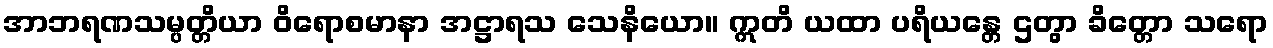
အာဘရဏသမ္ပတ္တိယာ ဝိရောစမာနာ အဋ္ဌာရသ သေနိယော။ ဣတိ ယထာ ပရိယန္တေ ဌတွာ ခိတ္တော သရော